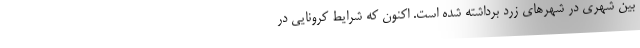
بین شهری در شهرهای زرد برداشته شده است. اکنون که شرایط کرونایی در